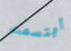
ابتسمت